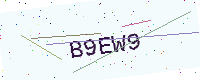
Text: B9EW9